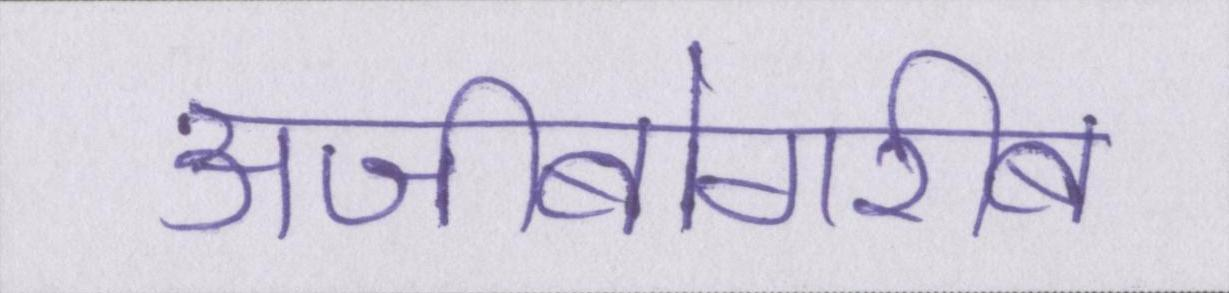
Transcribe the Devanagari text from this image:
अजीबोगरीब